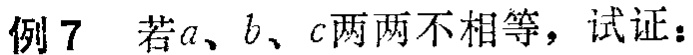
例 7 若\(a\)、\(b\)、\(c\)两两不相等，试证：